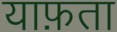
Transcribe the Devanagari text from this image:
याफ़ता